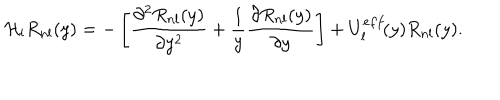
{ \cal H } _ { l } R _ { n l } ( y ) = - \left[ \frac { \partial ^ { 2 } R _ { n l } ( y ) } { \partial y ^ { 2 } } + \frac { 1 } { y } \frac { \partial R _ { n l } ( y ) } { \partial y } \right] + U _ { l } ^ { e f f } \! ( y ) R _ { n l } ( y ) .